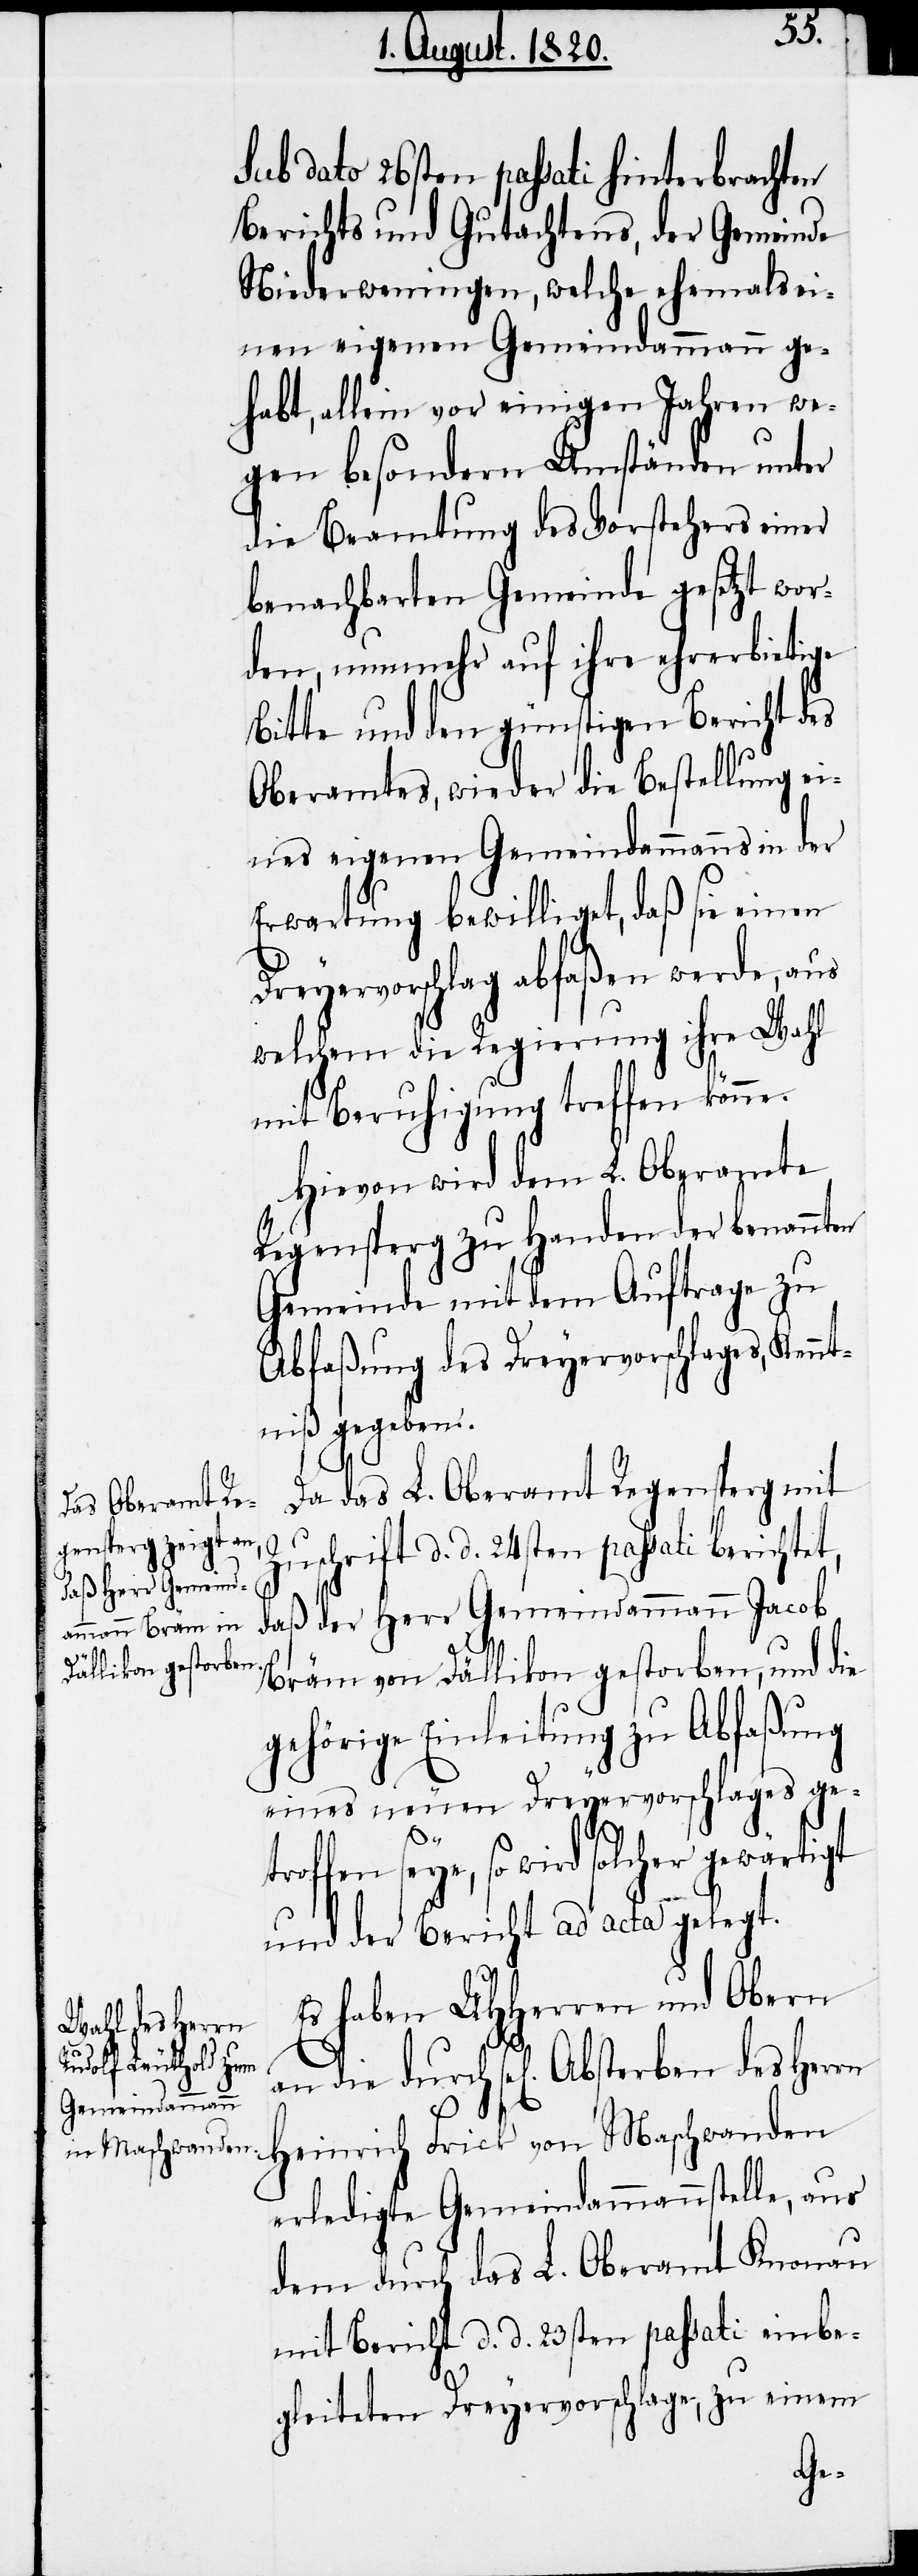
troffen

sub dato 26sten passati hinterbrachten
Berichts und Gutachtens, der Gemeinde
Niederweningen, welche ehemals ei¬
nen eigenen Gemeindammann ge¬
habt, allein vor einigen Jahren we¬
gen besondern Umständen unter
die Beamtung des Vorstehers einer
benachbarten Gemeinde gesetzt wor¬
den, nunmehr auf ihre ehrerbietige
Bitte und den günstigen Bericht des
Oberamtes, wieder die Bestellung ei¬
nes eigenen Gemeindammann in der
Erwartung bewilliget, daß sie einen
Dreyervorschlag abfaßen werde, aus
welchem die Regierung ihre Wahl
mit Beruhigung treffen könne.
Hievon wird dem L. Oberamte
Regensperg zu Handen der benannten
Gemeinde mit dem Auftrage zu
Abfaßung des Dreyervorschlages, Kenn¬
tniß gegeben.
Da das L. Oberamt Regensperg mit
Zuschrift d. d. 24sten passati berichtet,
ß der Herr Gemeindammann Jacob
da¬
Bräm von Dällikon gestorben, und die
gehörige Einleitung zu Abfaßung
eines neuen Dreyervorschlages ge¬
seye, so wird solcher gewärtigt
und der Bericht ad acta gelegt.
Es haben UHHerren und Obern
Heinrich Frick von Maschwanden
erledigte Gemeindammannstelle, aus
dem durch das L. Oberamt Knonau
mit Bericht d. d. 23sten passati einbe¬
gleiteten Dreyervorschlage, zu einem